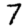
Digit: 7